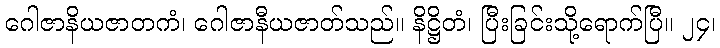
ဂေါဇာနိယဇာတကံ၊ ဂေါဇာနီယဇာတ်သည်။ နိဋ္ဌိတံ၊ ပြီးခြင်းသို့ရောက်ပြီ။ ၂၄၊